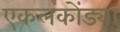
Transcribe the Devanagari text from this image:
एकलकोंड्या